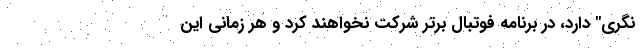
نگری" دارد، در برنامه فوتبال برتر شرکت نخواهند کرد و هر زمانی این